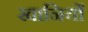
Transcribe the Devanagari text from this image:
खानियों